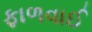
ફાળવાઈ